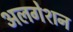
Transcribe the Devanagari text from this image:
अलगेशन